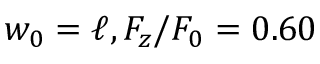
w _ { 0 } = \ell , F _ { z } / F _ { 0 } = 0 . 6 0